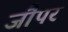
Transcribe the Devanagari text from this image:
जौपर